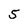
Character: 5